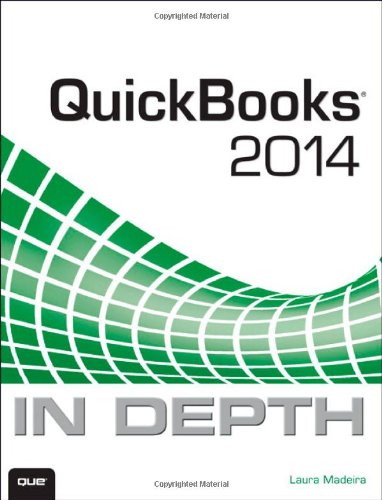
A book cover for QuickBooks 2014 In Depth; Laura Madeira; Computers & Technology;